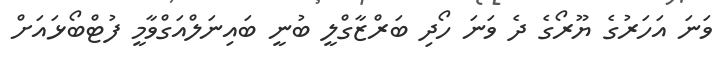
ވަނަ އަހަރުގެ ޔޫރޯގެ ދެ ވަނަ ހޯދި ބަރްޒާގްލީ ބުނީ ބައިނަލްއަގްވާމީ ފުޓްބޯޅައަށް